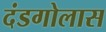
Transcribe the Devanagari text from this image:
दंडगोलास